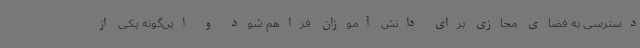
دسترسی به فضای مجازی برای دانش آموزان فراهم شود و این‌گونه یکی از